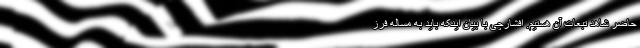
حاضر شاهد تبعات آن هستیم. افشارچی با بیان اینکه باید به مساله فرز